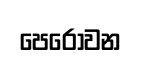
පෙරොවන